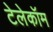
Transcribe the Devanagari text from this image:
टेलेकॉम